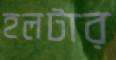
হলটার